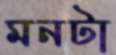
মনটা